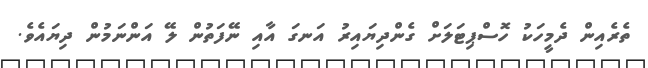
ތެރެއިން ދެމީހަކު ހޮސްޕިޓަލަށް ގެންދިޔައިރު އަނގަ އާއި ނޭފަތުން ލޭ އަންނަމުން ދިޔައެވެ.